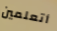
أتعلمين